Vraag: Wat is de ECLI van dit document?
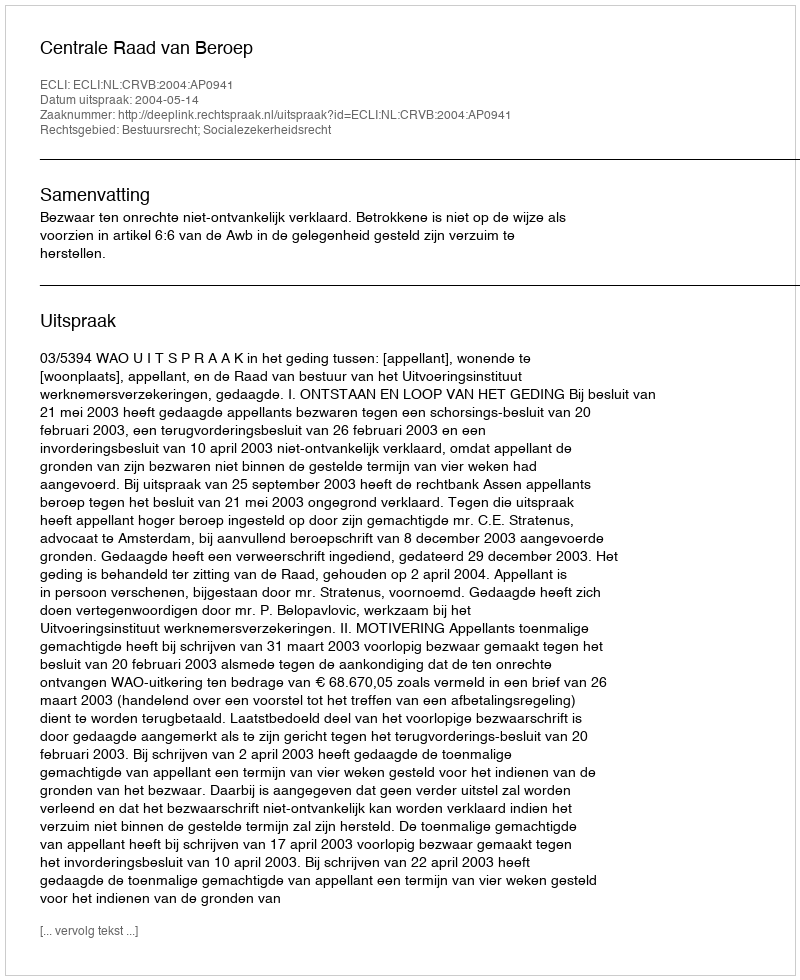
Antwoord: ECLI:NL:CRVB:2004:AP0941